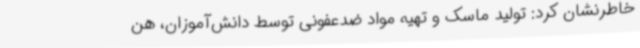
خاطرنشان کرد: تولید ماسک و تهیه مواد ضدعفونی توسط دانش‌آموزان، هن